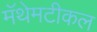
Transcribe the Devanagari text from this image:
मॅथेमटीकल